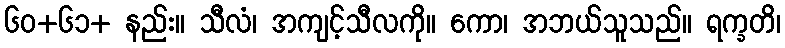
၆၀+၆၁+ နည်း။ သီလံ၊ အကျင့်သီလကို။ ကော၊ အဘယ်သူသည်။ ရက္ခတိ၊